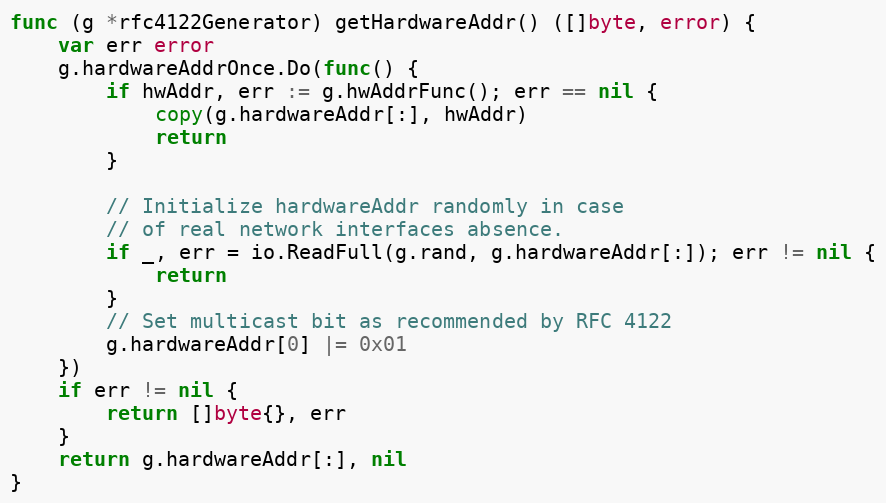
Language: Go
func (g *rfc4122Generator) getHardwareAddr() ([]byte, error) {
	var err error
	g.hardwareAddrOnce.Do(func() {
		if hwAddr, err := g.hwAddrFunc(); err == nil {
			copy(g.hardwareAddr[:], hwAddr)
			return
		}

		// Initialize hardwareAddr randomly in case
		// of real network interfaces absence.
		if _, err = io.ReadFull(g.rand, g.hardwareAddr[:]); err != nil {
			return
		}
		// Set multicast bit as recommended by RFC 4122
		g.hardwareAddr[0] |= 0x01
	})
	if err != nil {
		return []byte{}, err
	}
	return g.hardwareAddr[:], nil
}